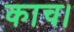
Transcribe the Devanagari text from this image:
काच।